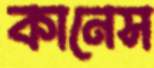
কানেস